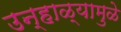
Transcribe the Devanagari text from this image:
उन्हाळ्यामुळे